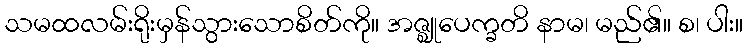
သမထလမ်းရိုးမှန်သွားသောစိတ်ကို။ အဇ္ဈုပေက္ခတိ နာမ၊ မည်၏။ စ၊ ပါး။